Petrogradi_Kontroll-Opteerimise_Komisjon, lk 160
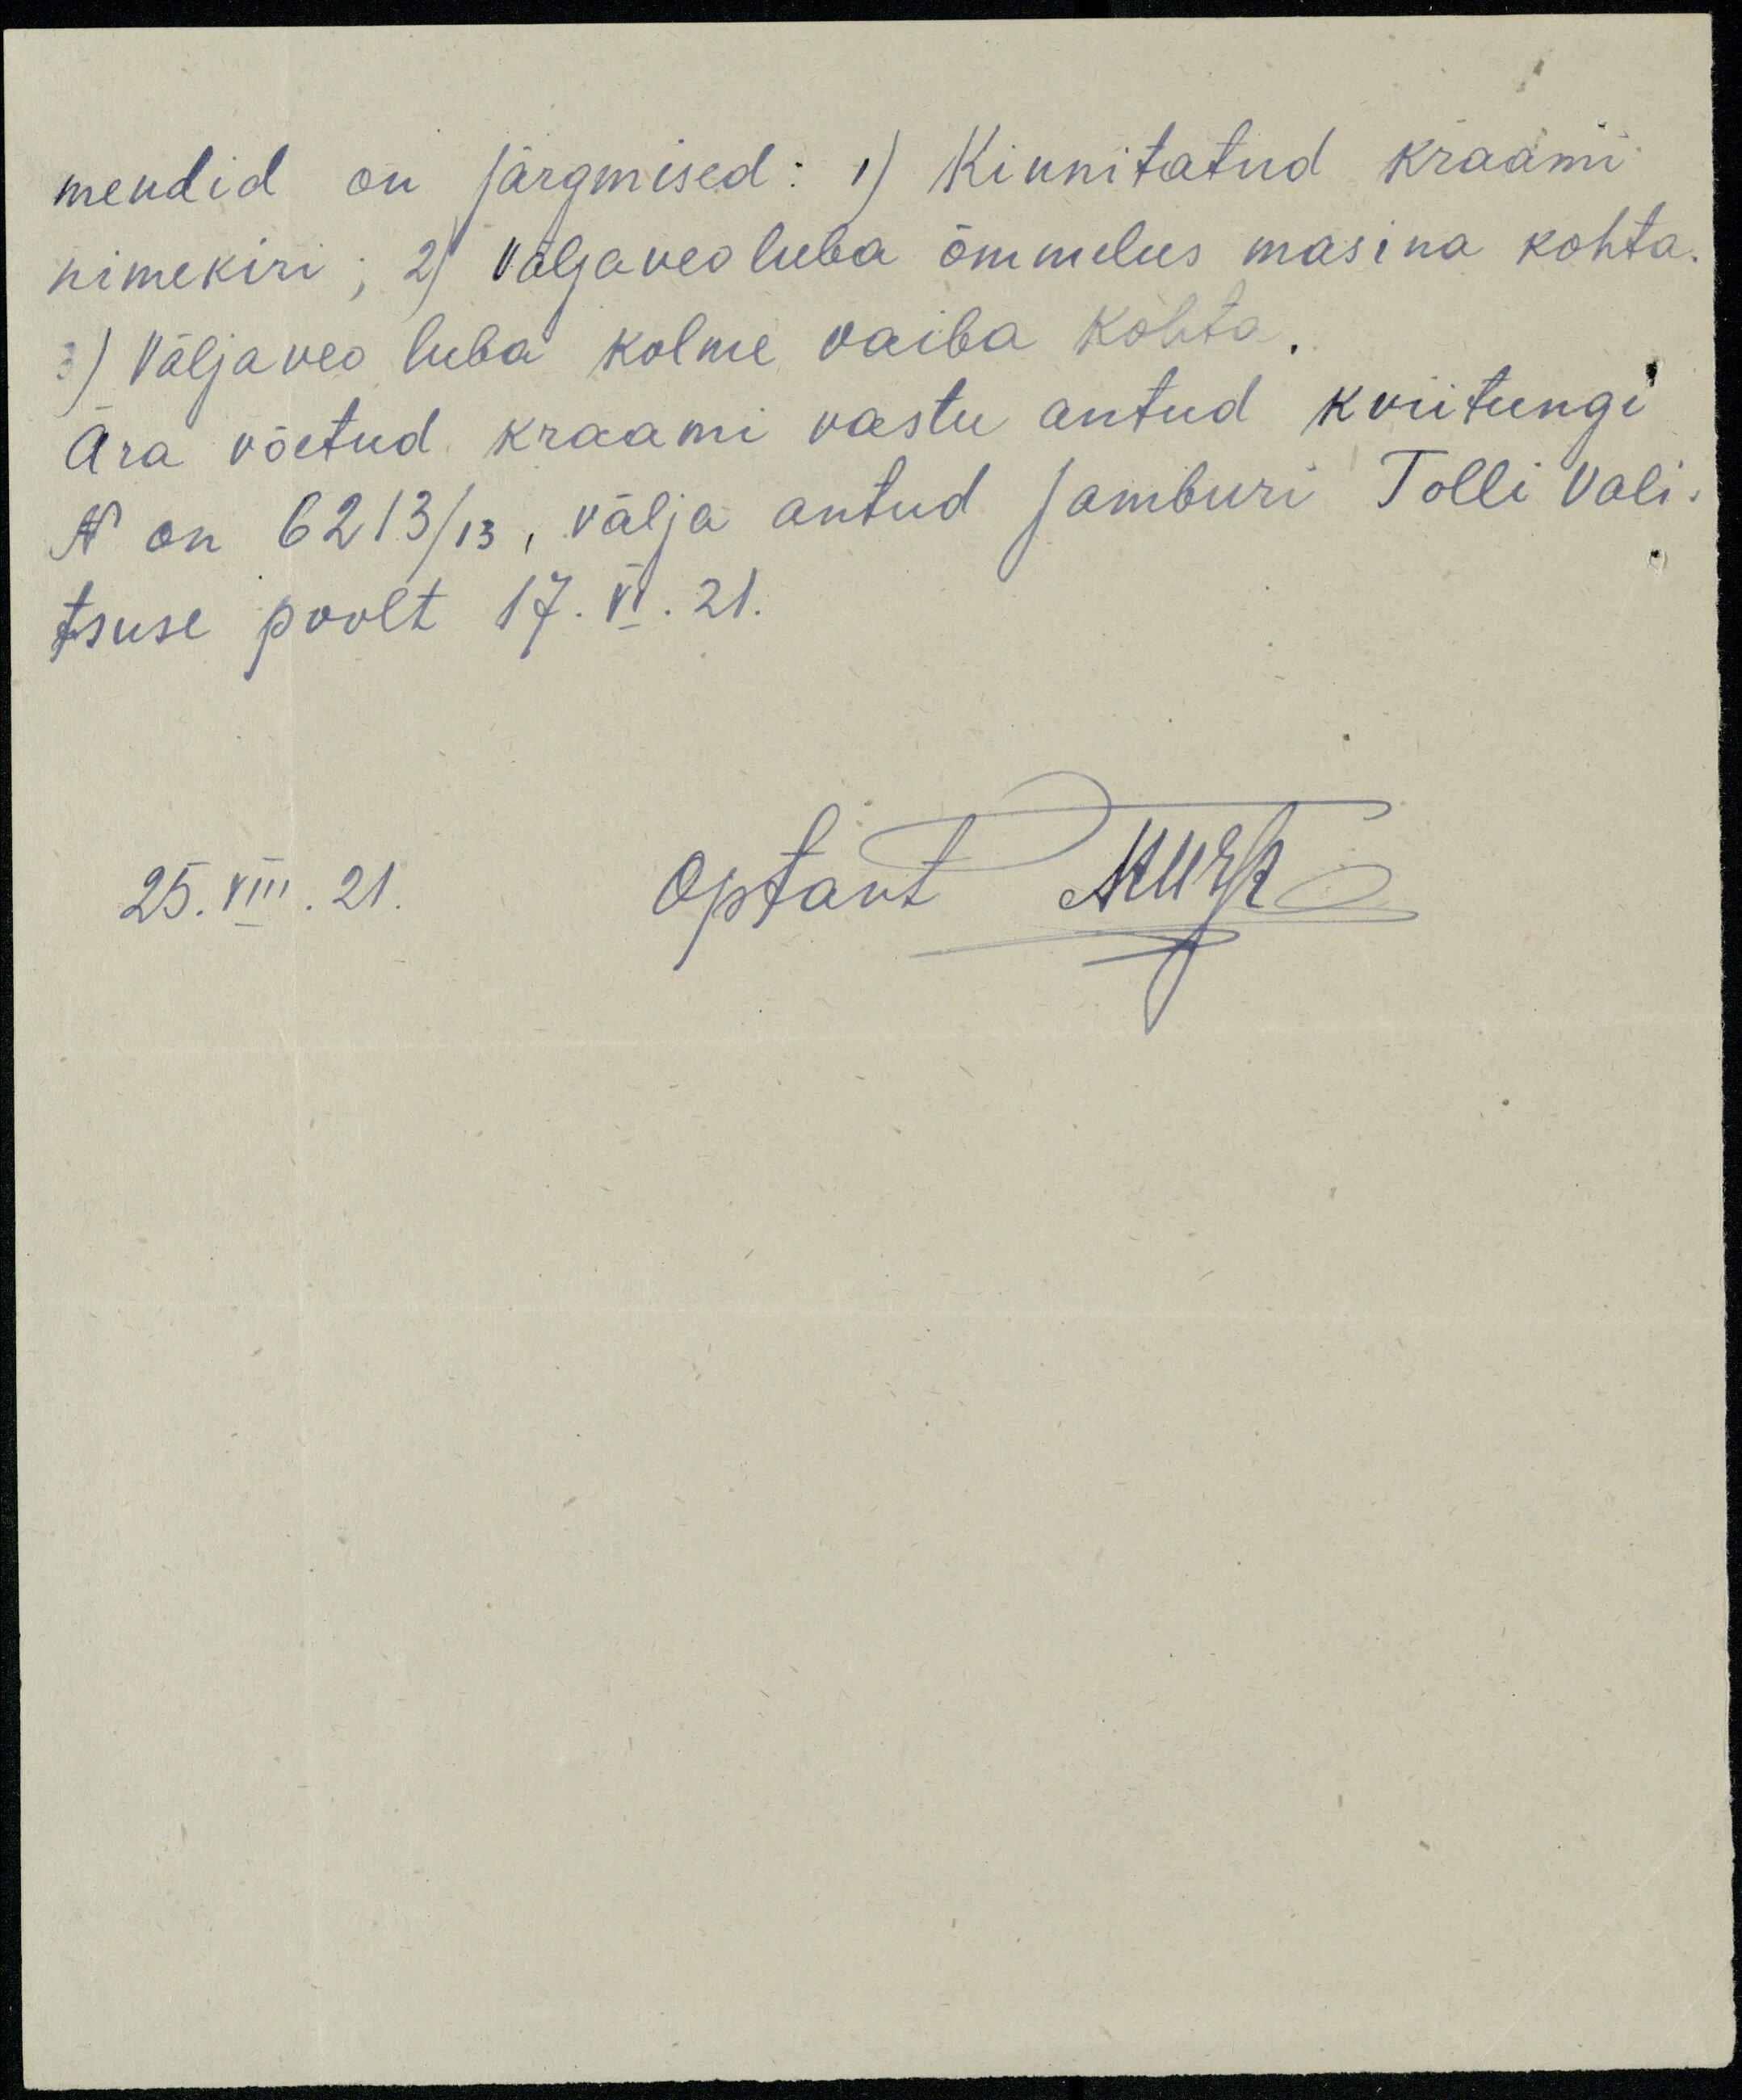
mendid on järgmised: 1) Kinnitatud kraami
nimekiri; 2) Väljaveoluba õmmelus masina kohta.
3) Väljaveo luba kolme vaiba kohta.
Ära võetud kraami vastu antud kviitungi
N on 6213/13, välja antud Jamburi Tolli Vali-
tsuse poolt 17.VI.21.
25. VIII. 21. Optant AKurusk